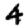
Digit: 4